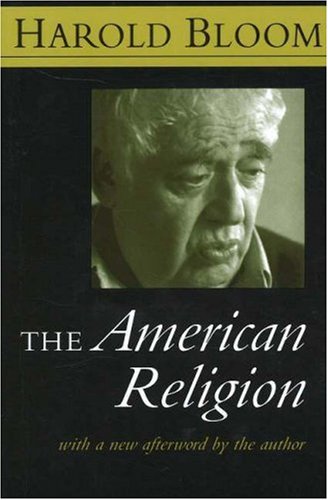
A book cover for The American Religion; Harold Bloom; Christian Books & Bibles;